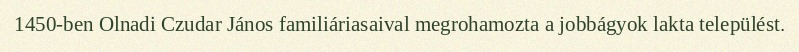
1450-ben Olnadi Czudar János familiáriasaival megrohamozta a jobbágyok lakta települést.